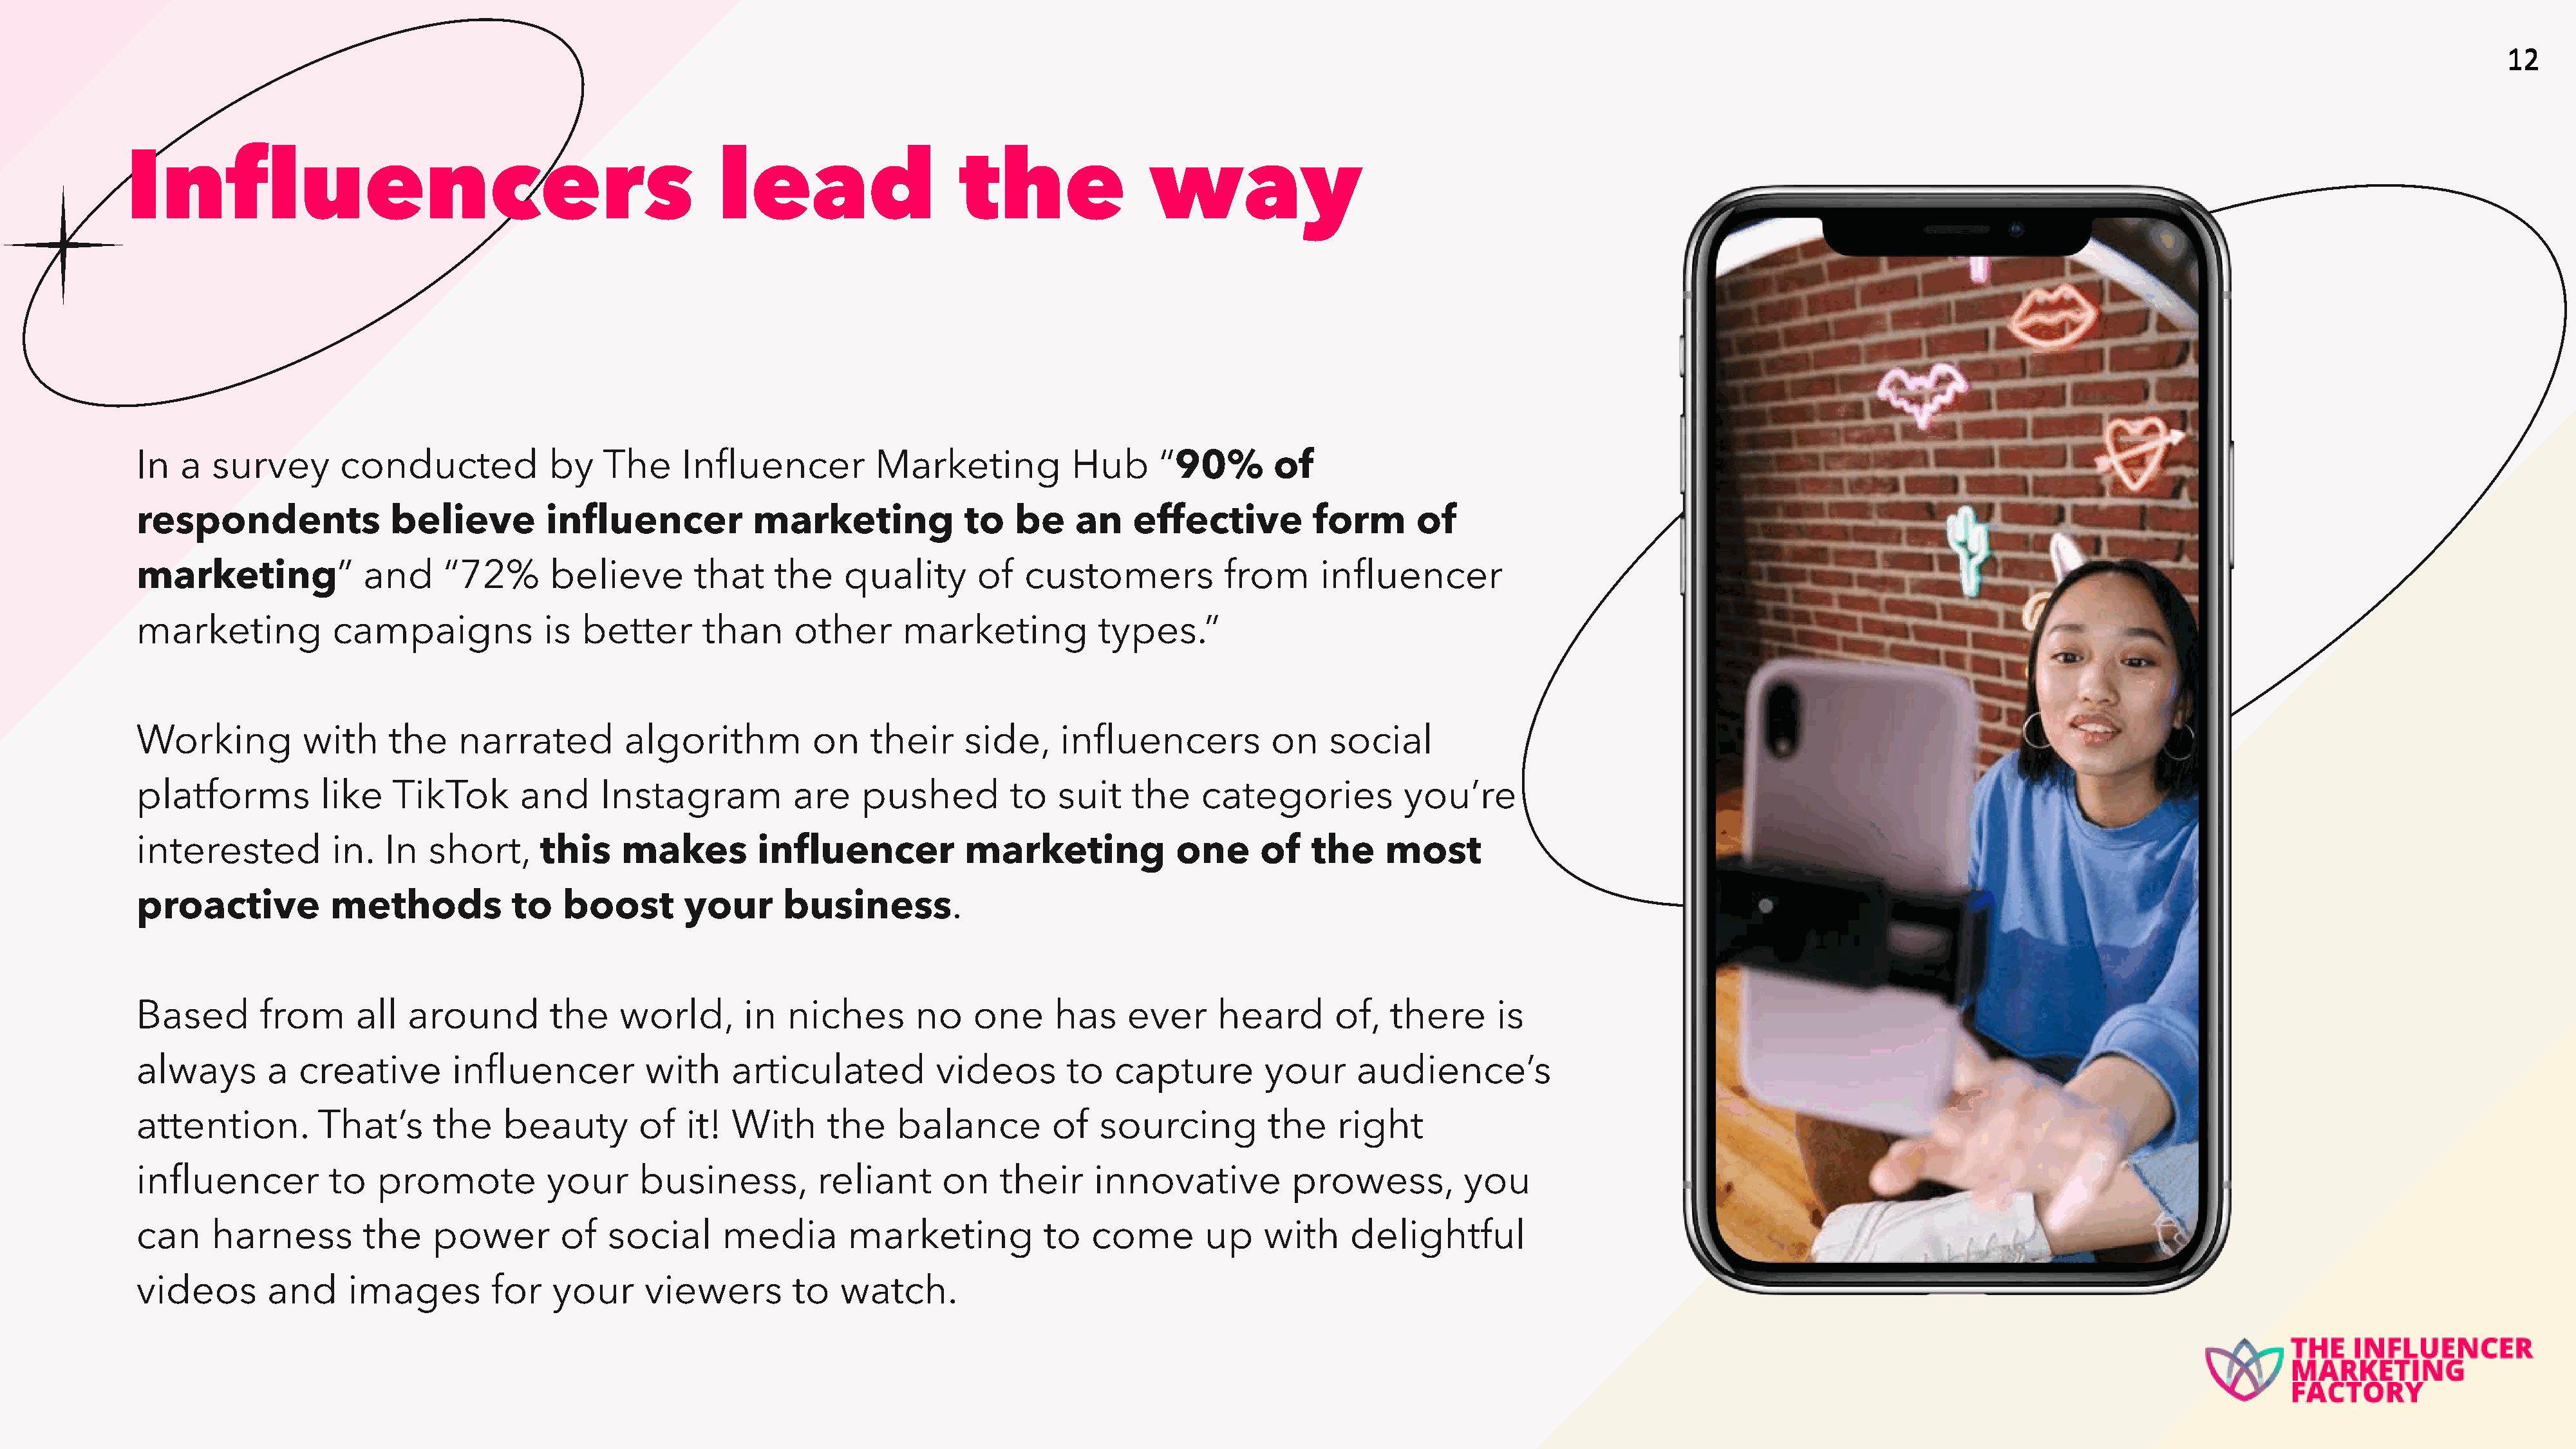
1122
 Influencers                                                  lead                     the                way
 In   a  survey       conducted            by    The     Influencer          Marketing           Hub      “90%        of
 respondents               believe         influencer           marketing             to   be     an   effective          form       of
 marketing”             and      “72%      believe        that     the    quality      of   customers            from      influencer
 marketing           campaigns             is  better      than      other      marketing           types.”
 Working          with     the    narrated         algorithm          on    their     side,     influencers           on    social
 platforms          like   TikTok       and      Instagram          are     pushed         to   suit   the    categories           you’re
 interested          in.   In  short,      this    makes         influencer           marketing             one      of   the    most
 proactive           methods            to   boost       your      business.
 Based        from      all  around         the    world,      in   niches       no    one     has     ever     heard       of,   there      is
 always       a   creative       influencer          with     articulated          videos        to   capture        your     audience’s
 attention.         That’s      the    beauty        of   it! With      the    balance         of   sourcing         the    right
 influencer          to   promote          your      business,         reliant      on    their    innovative           prowess,         you
 can     harness        the    power         of  social      media        marketing           to   come        up    with     delightful
 videos       and      images        for    your     viewers        to   watch.